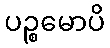
ပဉ္စမောပိ